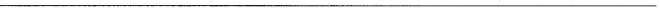
___